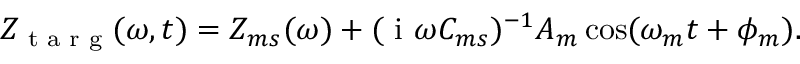
Z _ { \textrm { t a r g } } ( \omega , t ) = Z _ { m s } ( \omega ) + ( \textrm { i } \omega C _ { m s } ) ^ { - 1 } A _ { m } \cos ( \omega _ { m } t + \phi _ { m } ) .